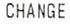
CHANGE